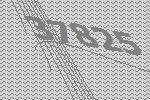
37825